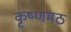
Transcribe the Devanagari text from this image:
कृष्णमठ